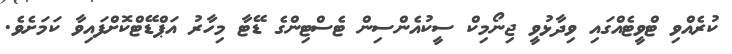
ކުރެއްވި ޓްވީޓެއްގައި ވިދާޅުވީ ޖިނޯމިކް ސީކުއެންސިން ޓެސްޓިންގެ ޑޭޓާ މިހާރު އަޕްޑޭޓްކޮށްފައިވާ ކަމަށެވެ.